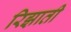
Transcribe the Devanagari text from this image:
रिझाती